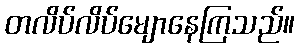
တလိပ်လိပ်မျောနေကြသည်။